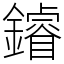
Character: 䥧